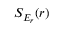
S _ { E _ { r } } ( r )